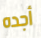
أجده